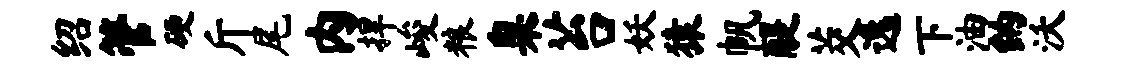
绍管硬斤尾内捍峻粮臬苔妖猿帆醍茭逸下油纳沃